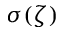
\sigma ( \zeta )